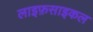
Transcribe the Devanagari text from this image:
लाइफ़साइकल